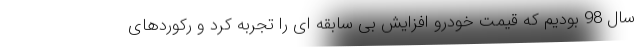
سال 98 بودیم که قیمت خودرو افزایش بی سابقه ای را تجربه کرد و رکوردهای